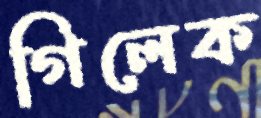
গিলেক